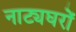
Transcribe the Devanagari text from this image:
नाट्यघरों